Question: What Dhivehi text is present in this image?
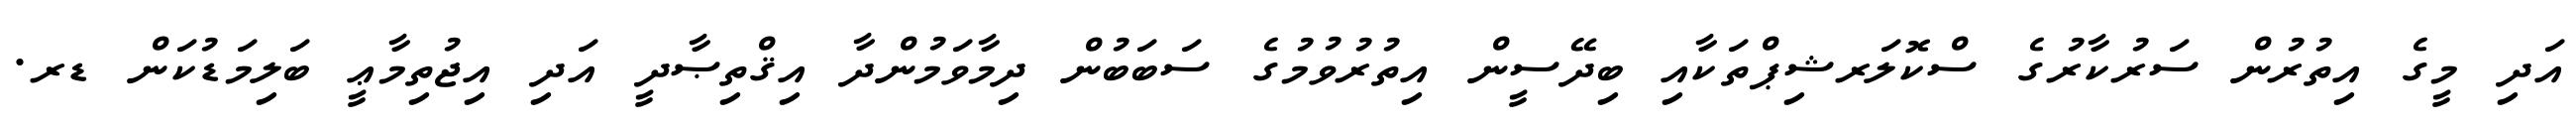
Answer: އަދި މީގެ އިތުރުން ސަރުކާރުގެ ސްކޮލަރޝިޕްތަކާއި ބިދޭސީން އިތުރުވުމުގެ ސަބަބުން ދިމާވަމުންދާ އިޤްތިޞާދީ އަދި އިޖުތިމާޢީ ބަލިމަޑުކަން ޑރ.